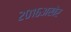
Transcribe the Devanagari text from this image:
२०१६अखेर